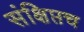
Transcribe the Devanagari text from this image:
संक्षिप्तच